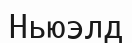
Ньюэлд